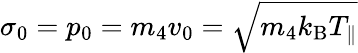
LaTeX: \sigma_{0}=p_{0}=m_{4}v_{0}=\sqrt{m_{4}k_{\mathrm{B}}T_{\parallel}}